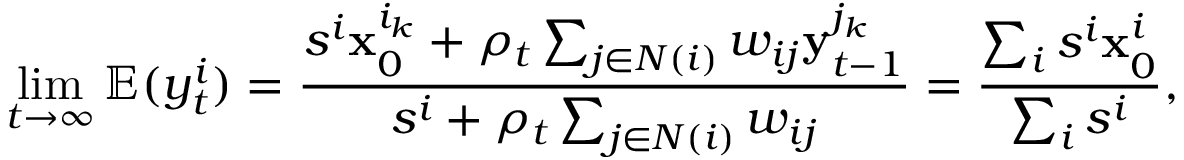
\operatorname* { l i m } _ { t \to \infty } \mathbb { E } ( y _ { t } ^ { i } ) = \frac { s ^ { i } \mathbf { x } _ { 0 } ^ { i _ { k } } + \rho _ { t } \sum _ { j \in N ( i ) } w _ { i j } \mathbf { y } _ { { t - 1 } } ^ { j _ { k } } } { s ^ { i } + \rho _ { t } \sum _ { j \in N ( i ) } w _ { i j } } = \frac { \sum _ { i } s ^ { i } \mathbf { x } _ { 0 } ^ { i } } { \sum _ { i } s ^ { i } } ,